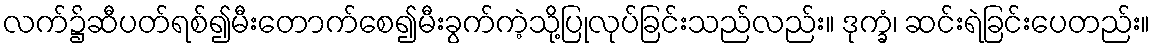
လက်၌ဆီပတ်ရစ်၍မီးတောက်စေ၍မီးခွက်ကဲ့သို့ပြုလုပ်ခြင်းသည်လည်း။ ဒုက္ခံ၊ ဆင်းရဲခြင်းပေတည်း။